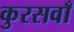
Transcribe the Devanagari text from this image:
कुरसवाँ